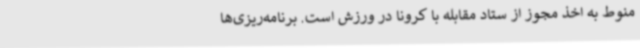
منوط به اخذ مجوز از ستاد مقابله با کرونا در ورزش است. برنامه‌ریزی‌ها